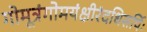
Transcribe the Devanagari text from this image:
गोमूत्रंगोमयंक्षीरंदधिसर्पिः